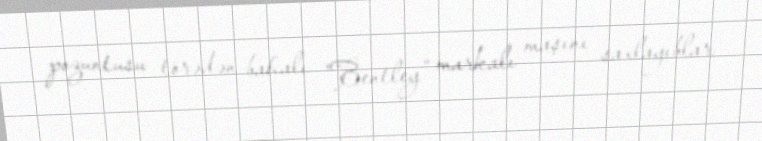
pozuntusu törədən bahalı "Bentley” markalı maşını saxlayıblar.